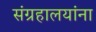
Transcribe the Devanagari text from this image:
संग्रहालयांना